Annual report of the Civil Veterinary Department, Bengal, and of the Bengal Veterinary College, for the year 1900-1901 - 1900-1901
Year: 1900
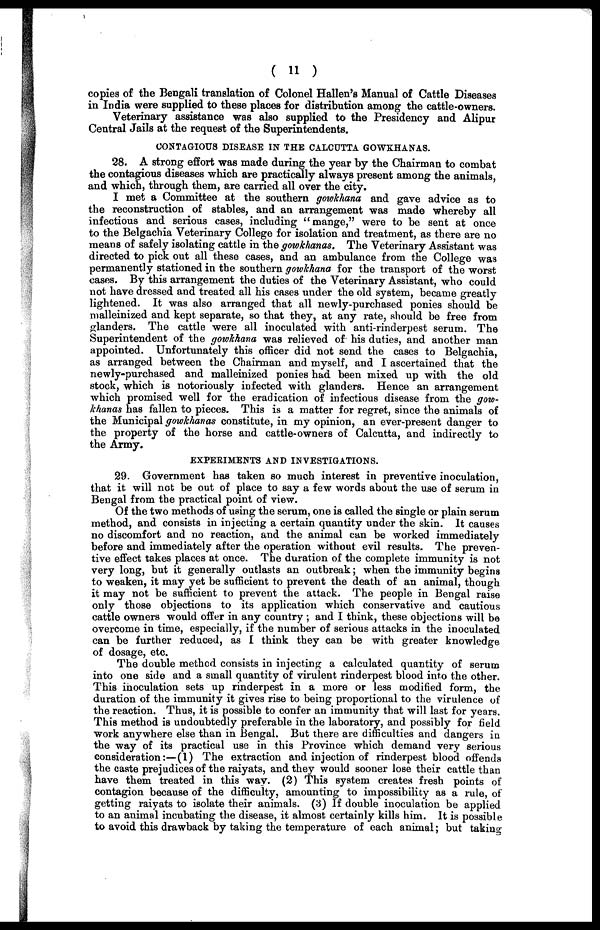
( 11 )
copies of the Bengali translation of Colonel Hallen's Manual of Cattle Diseases
in India were supplied to these places for distribution among the cattle-owners.
Veterinary assistance was also supplied to the Presidency and Alipur
Central Jails at the request of the Superintendents.
CONTAGIOUS DISEASE IN THE CALCUTTA GOWKHANAS.
28. A strong effort was made during the year by the Chairman to combat
the contagious diseases which are practically always present among the animals,
and which, through them, are carried all over the city.
I met a Committee at the southern gowkhana and gave advice as to
the reconstruction of stables, and an arrangement was made whereby all
infectious and serious cases, including "mange," were to be sent at once
to the Belgachia Veterinary College for isolation and treatment, as there are no
means of safely isolating cattle in the gowkhanas. The Veterinary Assistant was
directed to pick out all these cases, and an ambulance from the College was
permanently stationed in the southern gowhhana for the transport of the worst
cases. By this arrangement the duties of the Veterinary Assistant, who could
not have dressed and treated all his cases under the old system, became greatly
lightened. It was also arranged that all newly-purchased ponies should be
malleinized and kept separate, so that they, at any rate, should be free from
glanders. The cattle were all inoculated with anti-rinderpest serum. The
Superintendent of the gowkhana was relieved of his duties, and another man
appointed. Unfortunately this officer did not send the cases to Belgachia,
as arranged between the Chairman and myself, and I ascertained that the
newly-purchased and malleinized ponies had been mixed up with the old
stock, which is notoriously infected with glanders. Hence an arrangement
which promised well for the eradication of infectious disease from the gow-
khanas has fallen to pieces. This is a matter for regret, since the animals of
the Municipal gowkhanas constitute, in my opinion, an ever-present danger to
the property of the horse and cattle-owners of Calcutta, and indirectly to
the Army.
EXPERIMENTS AND INVESTIGATIONS.
29. Government has taken so much interest in preventive inoculation,
that it will not be out of place to say a few words about the use of serum in
Bengal from the practical point of view.
Of the two methods of using the serum, one is called the single or plain serum
method, and consists in injecting a certain quantity under the skin. It causes
no discomfort and no reaction, and the animal can be worked immediately
before and immediately after the operation without evil results. The preven-
tive effect takes places at once. The duration of the complete immunity is not
very long, but it generally outlasts an outbreak; when the immunity begins
to weaken, it may yet be sufficient to prevent the death of an animal, though
it may not be sufficient to prevent the attack. The people in Bengal raise
only those objections to its application which conservative and cautious
cattle owners would offer in any country ; and I think, these objections will be
overcome in time, especially, if the number of serious attacks in the inoculated
can be further reduced, as I think they can be with greater knowledge
of dosage, etc.
The double method consists in injecting a calculated quantity of serum
into one side and a small quantity of virulent rinderpest blood into the other.
This inoculation sets up rinderpest in a more or less modified form, the
duration of the immunity it gives rise to being proportional to the virulence of
the reaction. Thus, it is possible to confer an immunity that will last for years.
This method is undoubtedly preferable in the laboratory, and possibly for field
work anywhere else than in Bengal. But there are difficulties and dangers in
the way of its practical use in this Province which demand very serious
consideration:—(1) The extraction and injection of rinderpest blood offends
the caste prejudices of the raiyats, and they would sooner lose their cattle than
have them treated in this way. (2) This system creates fresh points of
contagion because of the difficulty, amounting to impossibility as a rule, of
getting raiyats to isolate their animals. (3) If double inoculation be applied
to an animal incubating the disease, it almost certainly kills him. It is possible
to avoid this drawback by taking the temperature of each animal; but taking